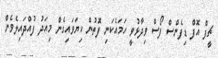
ޗީފް އޮފް ޑިފެންސް ފޯސް ވިދާޅުވީ ހަމައެކަނި ފޮތުން ކިޔަވައިގެން މިއަދު ފުއްދައިލެވެން